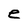
Character: e